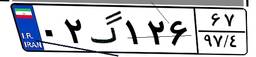
۰۲گ۳۲۴۳۰